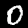
Digit: 0